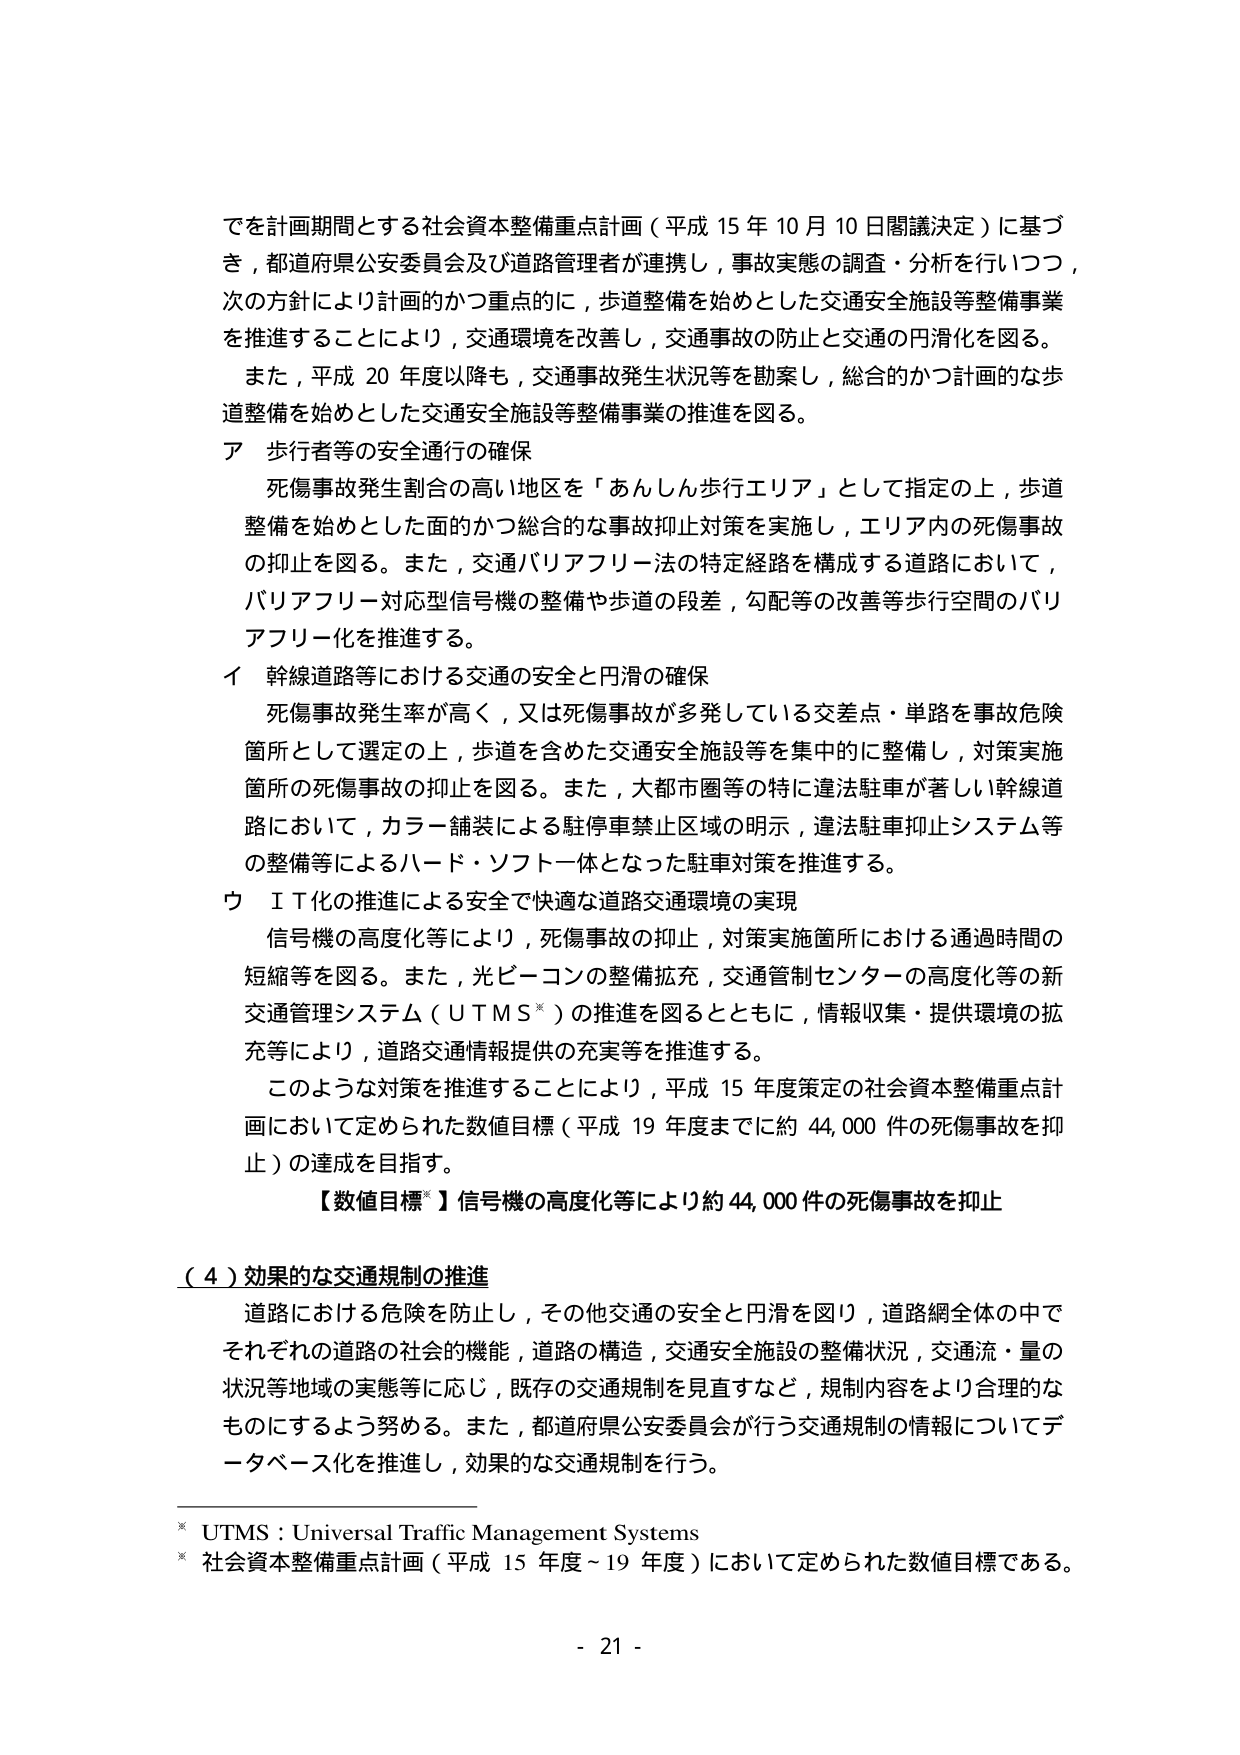
でを計画期間とする社会資本整備重点計画（平成15年10月10日閣議決定）に基づき，都道府県公安委員会及び道路管理者が連携し，事故実態の調査・分析を行いつつ，次の方針により計画的かつ重点的に，歩道整備を始めとした交通安全施設等整備事業を推進することにより，交通環境を改善し，交通事故の防止と交通の円滑化を図る。

また，平成20年度以降も，交通事故発生状況等を勘案し，総合的かつ計画的な歩道整備を始めとした交通安全施設等整備事業の推進を図る。

ア 歩行者等の安全通行の確保

　死傷事故発生割合の高い地区を「あんしん歩行エリア」として指定の上，歩道整備を始めとした面的かつ総合的な事故抑止対策を実施し，エリア内の死傷事故の抑止を図る。また，交通バリアフリー法の特定経路を構成する道路において，バリアフリー対応型信号機の整備や歩道の段差，勾配等の改善等歩行空間のバリアフリー化を推進する。

イ 幹線道路等における交通の安全と円滑の確保

　死傷事故発生率が高く，又は死傷事故が多発している交差点・単路を事故危険箇所として選定の上，歩道を含めた交通安全施設等を集中的に整備し，対策実施箇所の死傷事故の抑止を図る。また，大都市圏等の特に違法駐車が著しい幹線道路において，カラー舗装による駐停車禁止区域の明示，違法駐車抑止システム等の整備等によるハード・ソフト一体となった駐車対策を推進する。

ウ ＩＴ化の推進による安全で快適な道路交通環境の実現

　信号機の高度化等により，死傷事故の抑止，対策実施箇所における通過時間の短縮等を図る。また，光ビーコンの整備拡充，交通管制センターの高度化等の新交通管理システム（ＵＴＭＳ※）の推進を図るとともに，情報収集・提供環境の拡充等により，道路交通情報提供の充実等を推進する。

　このような対策を推進することにより，平成15年度策定の社会資本整備重点計画において定められた数値目標（平成19年度までに約44,000件の死傷事故を抑止）の達成を目指す。

【数値目標※】信号機の高度化等により約44,000件の死傷事故を抑止

（４）効果的な交通規制の推進

　道路における危険を防止し，その他交通の安全と円滑を図り，道路網全体の中でそれぞれの道路の社会的機能，道路の構造，交通安全施設の整備状況，交通流・量の状況等地域の実態等に応じ，既存の交通規制を見直すなど，規制内容をより合理的なものにするよう努める。また，都道府県公安委員会が行う交通規制の情報についてデータベース化を推進し，効果的な交通規制を行う。

※ UTMS：Universal Traffic Management Systems
※ 社会資本整備重点計画（平成15年度～19年度）において定められた数値目標である。

- 21 -